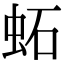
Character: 䖨